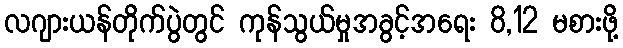
လဂျားယန်တိုက်ပွဲတွင် ကုန်သွယ်မှုအခွင့်အရေး 8,12 မစားဖို့